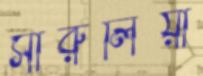
সারুলিয়া